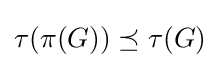
\tau (\pi (G))\preceq \tau (G)